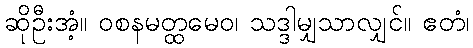
ဆိုဦးအံ့။ ဝစနမတ္ထမေဝ၊ သဒ္ဒါမျှသာလျှင်။ ဧတံ၊